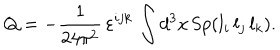
Q = - \frac { 1 } { 2 4 \pi ^ { 2 } } \, \varepsilon ^ { i j k } \, \int d ^ { 3 } x \, { \mathrm S p } ( l _ { i } \, l _ { j } \, l _ { k } ) .